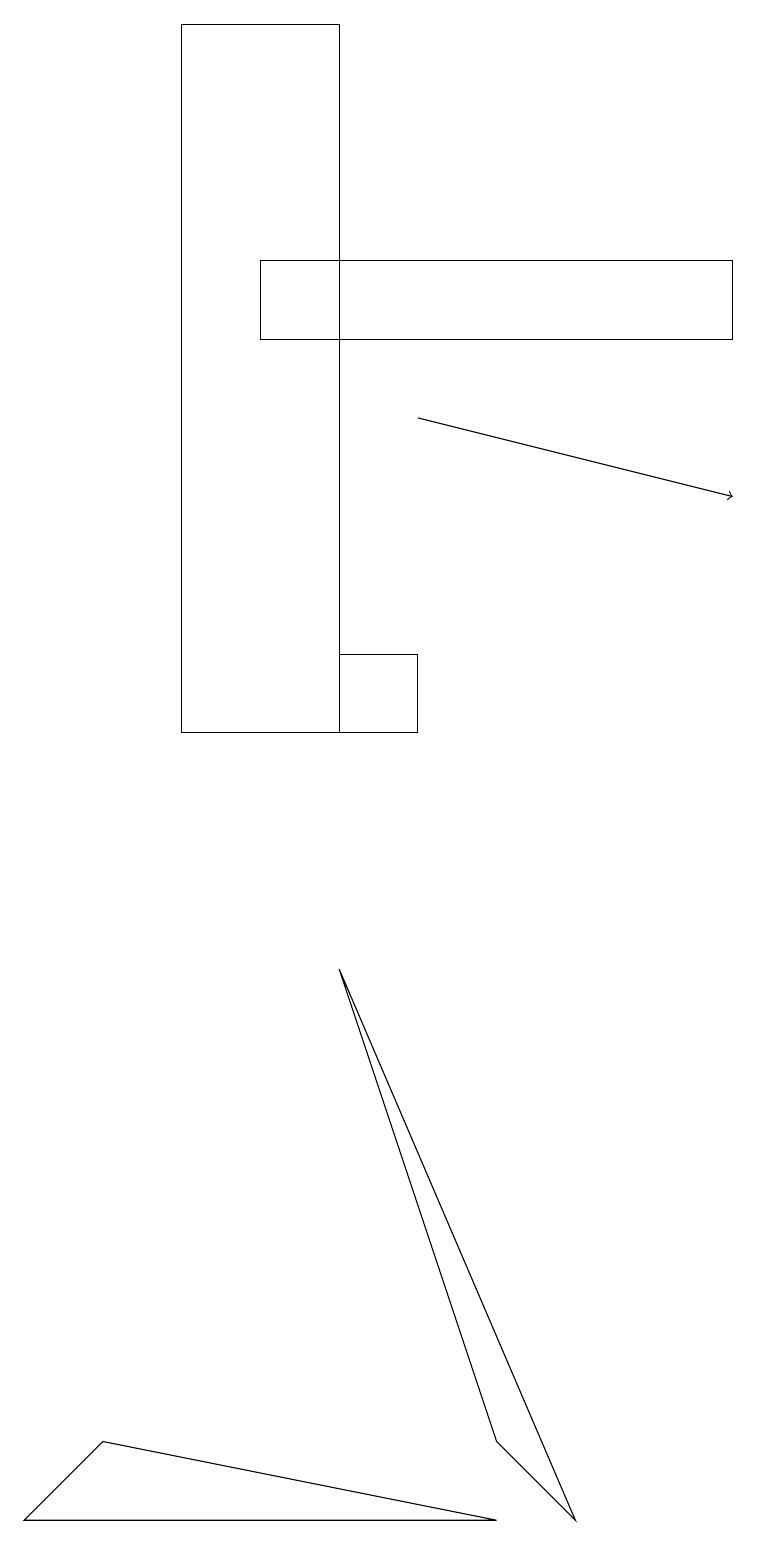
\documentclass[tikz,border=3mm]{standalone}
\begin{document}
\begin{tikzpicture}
\draw (4,10) rectangle (5,11);
\draw (7,0) -- (4,7) -- (6,1) -- cycle;
\draw (9,15) rectangle (3,16);
\draw (2,10) rectangle (4,19);
\draw (0,0) -- (6,0) -- (1,1) -- cycle;
\draw[->] (5,14) -- (9,13);
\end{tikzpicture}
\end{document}